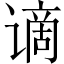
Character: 谪